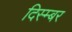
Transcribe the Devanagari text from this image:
दिस्म्बर